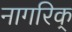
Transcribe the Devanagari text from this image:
नागरिक्